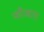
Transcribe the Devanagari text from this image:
फौआरा